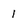
Character: 1